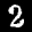
Label: 2